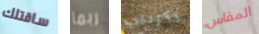
ساقتلك ربما ذكريني المقاس